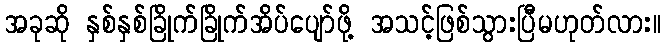
အခုဆို နှစ်နှစ်ခြိုက်ခြိုက်အိပ်ပျော်ဖို့ အသင့်ဖြစ်သွားပြီမဟုတ်လား။